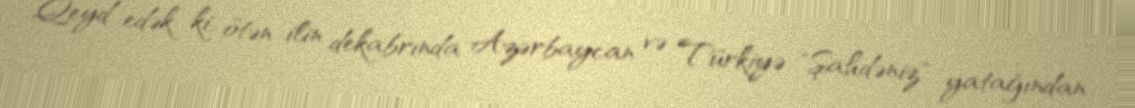
Qeyd edək ki, ötən ilin dekabrında Azərbaycan və Türkiyə "Şahdəniz" yatağından